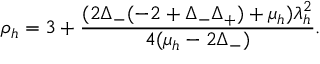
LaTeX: \rho _ { h } = 3 + \frac { ( 2 \Delta _ { - } ( - 2 + \Delta _ { - } \Delta _ { + } ) + \mu _ { h } ) \lambda _ { h } ^ { 2 } } { 4 ( \mu _ { h } - 2 \Delta _ { - } ) } .